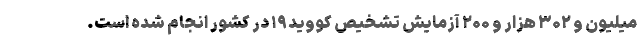
میلیون و ۳۰۲ هزار و ۲۰۰ آزمایش تشخیص کووید۱۹ در کشور انجام شده است.